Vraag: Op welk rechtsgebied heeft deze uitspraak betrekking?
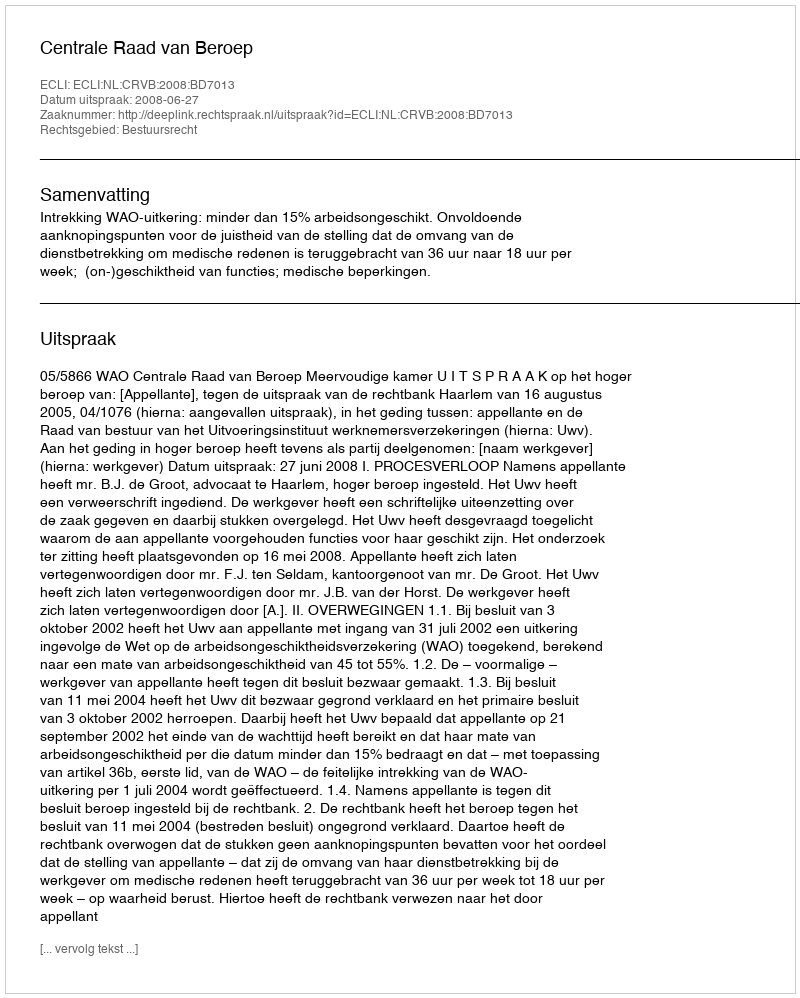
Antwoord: Bestuursrecht